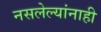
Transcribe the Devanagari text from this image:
नसलेल्यांनाही